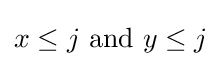
x\leq j{\text{ and }}y\leq j